Indian journal of veterinary science and animal husbandry - Volumes 15-17, 1948-1951
Year: 1948
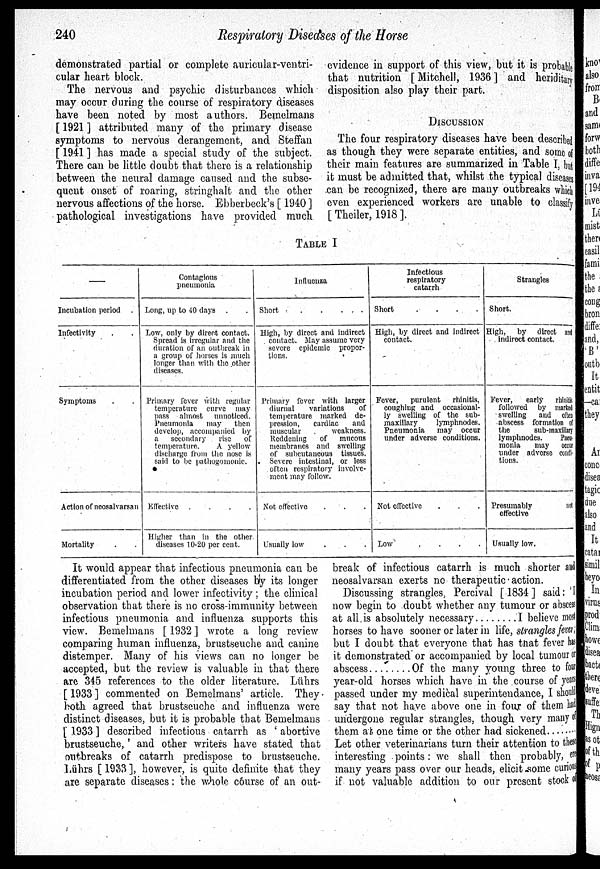
240
Respiratory Diseases of the Horse
demonstrated partial or complete auricular-ventri-
cular heart block.
The nervous and psychic disturbances which
may occur during the course of respiratory diseases
have been noted by most authors. Bemelmans
[ 1921 ] attributed many of the primary disease
symptoms to nervous derangement, and Steffan
[ 1941 ] has made a special study of the subject.
There can be little doubt that there is a relationship
between the neural damage caused and the subse-
quent onset of roaring, stringhalt and the other
nervous affections of the horse. Ebberbeck's [ 1940 ]
pathological investigations have provided much
evidence in support of this view, but it is probable
that nutrition [ Mitchell, 1936 ] and heriditary
disposition also play their part.
DISCUSSION
The four respiratory diseases have been described
as though they were separate entities, and some of
their main features are summarized in Table I, but
it must be admitted that, whilst the typical diseases
can be recognized, there are many outbreaks whi ch
even experienced workers are unable to classify
[ Theiler, 1918 ].
TABLE I
—
Incubation period
Infectivity . .
Symptoms
Action of neosalvarsan
Mortality
Contagious
pneumonia
Long, up to 40 days .
Low, only by direct contact.
Spread is irregular and the
duration of an outbreak in
a group of horses is much
longer than with the other
diseases.
Primary fever with regular
temperature curve may
pass almost
unnoticed.
Pneumonia
may
then
develop, accompanied by
a
secondary
rise
of
temperature.
A yellow
discharge from the, nose is
said to be pathogomonic.
Effective
....
Higher than in the other
diseases 10-20 per cent.
Influenza
Short
High, by direct and indirect
contact. May assume very
severe epidemic propor-
tions.
Primary fever with larger
diurnal
variations
of
temperature marked de-
pression,
cardiac
and
muscular
weakness.
Reddening
of
mucous
membranes and swelling
of subcutaneous tissues.
Severe intestinal, or less
often respiratory involve-
ment may follow.
Not effective
Usually low
Infectious
respiratory
catarrh
Short
....
High, by direct and indirect
contact.
Fever,
purulent
rhinitis,
coughing and occasional-
ly swelling of the sub-
maxillary
lymphnodes.
Pneumonia
may occur
under adverse conditions.
Not effective
Low
....
Strangles
Short.
High, by direct and
indirect contact.
Fever,
early rhinitis
followed by marked
swelling
and often
abscess formation of
the
sub-maxillary
lymphnodes.
Pneu-
monia
may occur
under adverse condi-
tions.
Presumably
not
effective
Usually low.
It would appear that infectious pneumonia can be
differentiated from the other diseases by its longer
incubation period and lower infectivity; the clinical
observation that there is no cross-immunity between
infectious pneumonia and influenza supports this
view. Bemelmans [ 1932 ] wrote a long review
comparing human influenza, brustseuche and canine
distemper. Many of his views can no longer be
accepted, but the review is valuable in that there
are 345 references to the older literature. Lührs
[1933] commented on Bemelmans' article. They
both agreed that brustseuche and influenza were
distinct diseases, but it is probable that Bemelmans
[ 1933 ] described infectious catarrh as ' abortive
brustseuche,' and other writers have stated that
outbreaks of catarrh predispose to brustseuche.
Lührs [ 1933 ], however, is quite definite that they
are separate diseases: the whole course of an out-
break of infectious catarrh is much shorter and
neosalvarsan exerts no therapeutic action.
Discussing strangles, Percival [1834] said: 'I
now begin to doubt whether any tumour or abscess
at all is absolutely necessary
I believe most
horses to have sooner or later in life, strangles fever;
but I doubt that everyone that has that fever has
it demonstrated or accompanied by local tumour or
abscess
Of the many young three to four
year-old horses which have in the course of years
passed under my medical superintendance, I shoul d
say that not have above one in four of them had
undergone regular strangles, though very many of
them at one time or the other had sickened
Let other veterinarians turn their attention to t hese
interesting points: we shall then probably, ere
many years pass over our heads, elicit .some curious
if not valuable addition to our present stock of